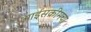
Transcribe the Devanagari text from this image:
आईसक्रीमचा